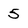
Character: 5